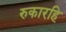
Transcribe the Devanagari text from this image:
रुकारहि